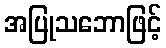
အပြုသဘောဖြင့်